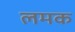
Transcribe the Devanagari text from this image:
लमक